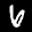
Label: 6